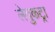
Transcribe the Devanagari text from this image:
लेयुकट्रा